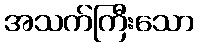
အသက်ကြီးသော